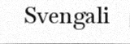
Svengali